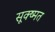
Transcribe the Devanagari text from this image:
सूक्ष्मत